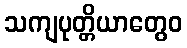
သကျပုတ္တိယာတွေဝ